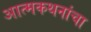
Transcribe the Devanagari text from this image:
आत्मकथनांचा